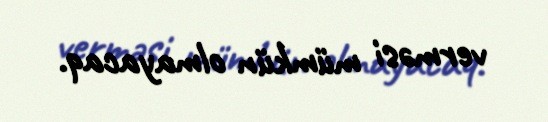
verməsi mümkün olmayacaq.